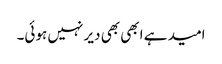
امید ہے ابھی بھی دیر نہیں ہوئی۔